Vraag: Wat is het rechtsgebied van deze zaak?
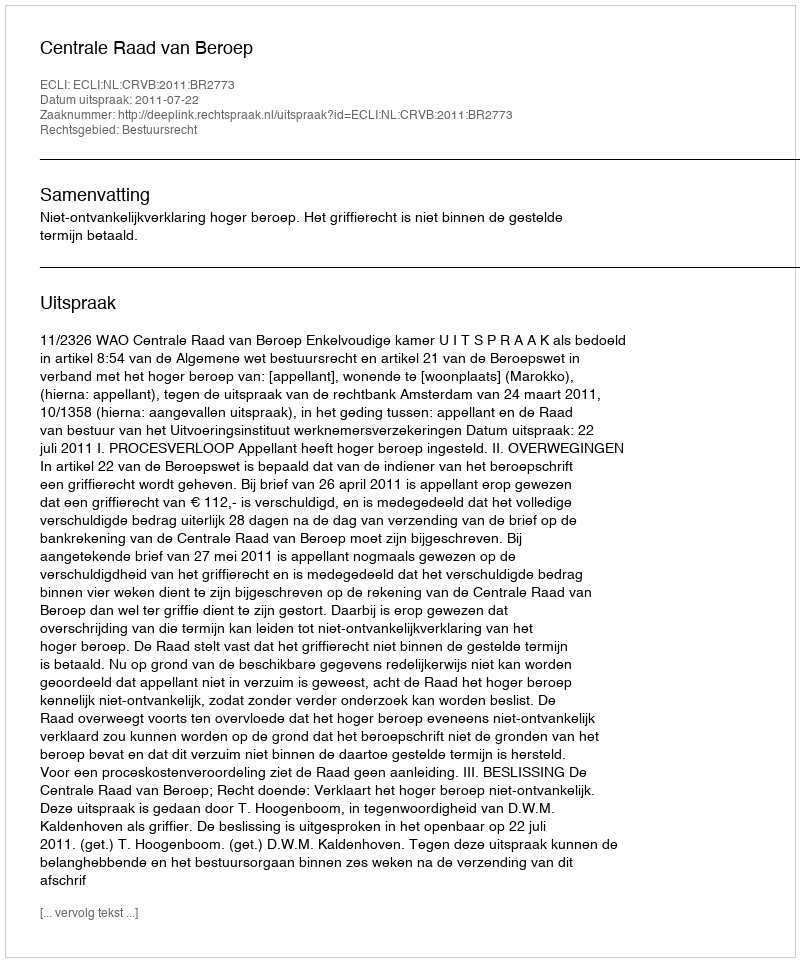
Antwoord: Bestuursrecht